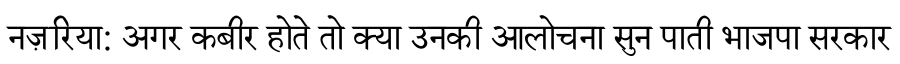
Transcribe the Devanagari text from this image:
नज़रिया: अगर कबीर होते तो क्या उनकी आलोचना सुन पाती भाजपा सरकार